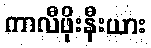
ကာလီဖိုးနီးယား